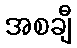
အစချီ